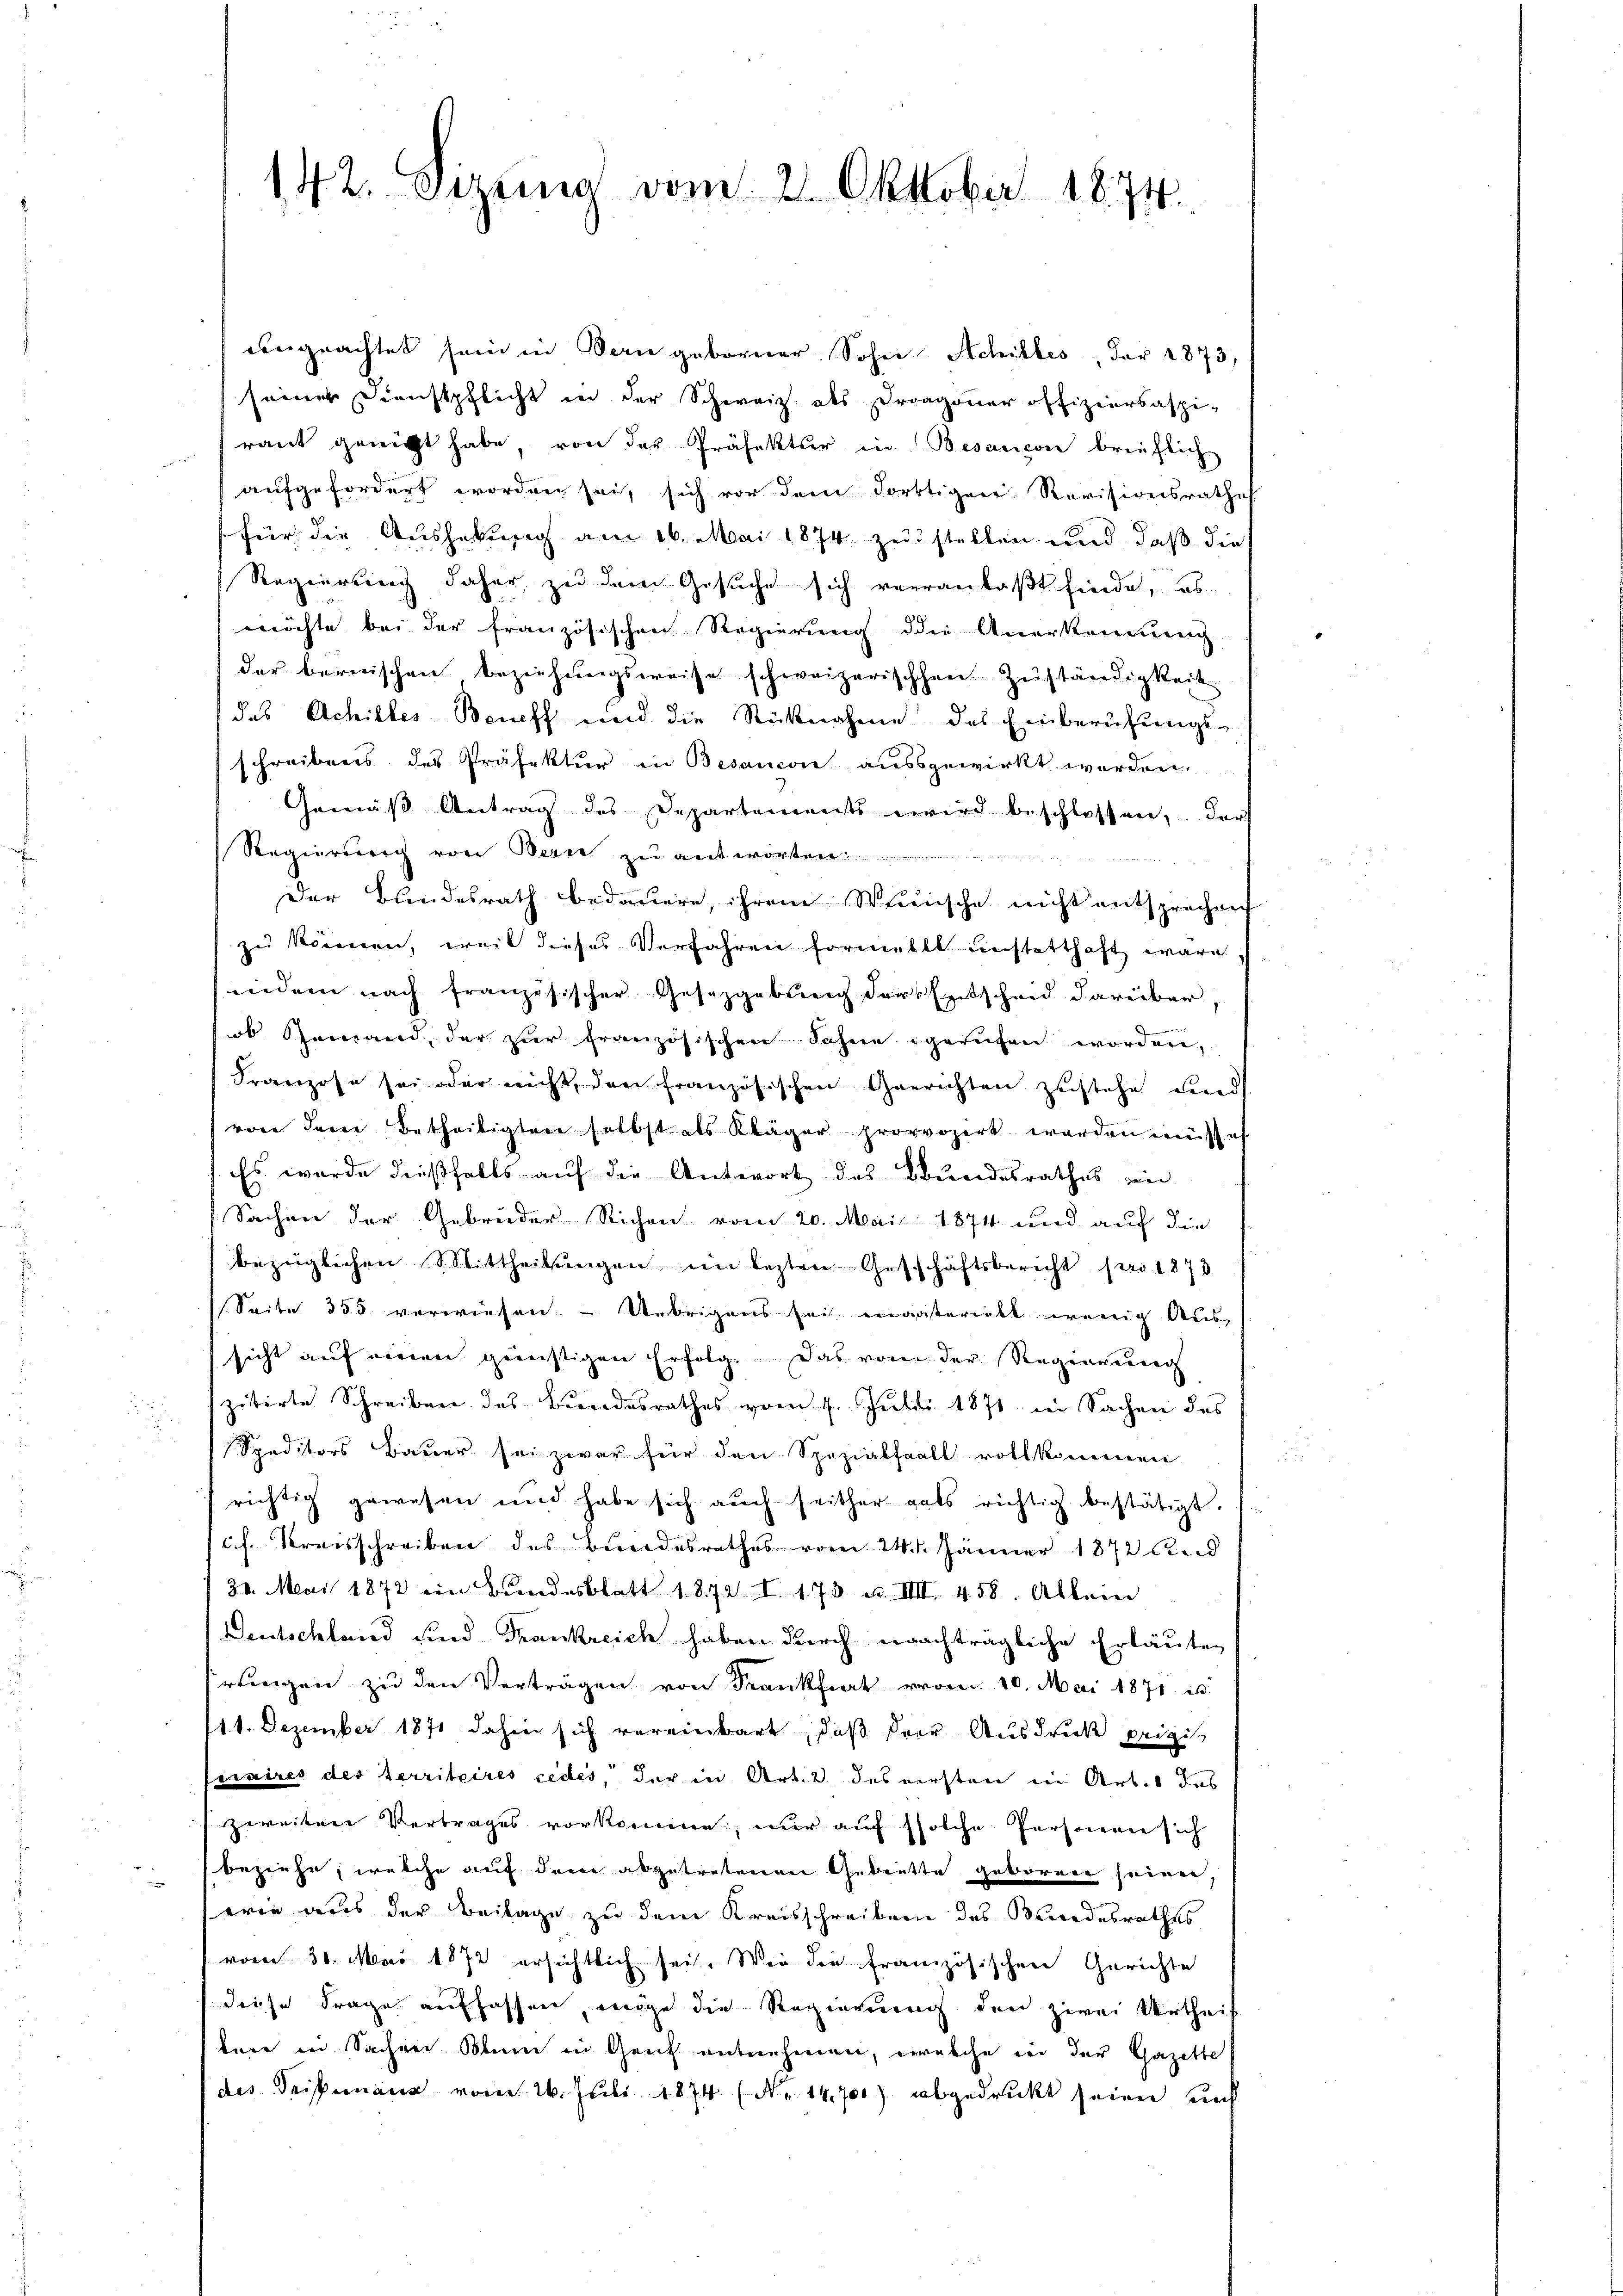
vberprachtet sein in Bern geborner Sohne Schiebes, der 1873,
seiner Dienstpflicht in der Schweiz. als Dragoner offiziersaspi-
raut genicht habe, von der Präfektur in Besançon brieflich
aufgefordert worden sei, sich vor dem Forttigen Revisionsrathe
für die Aushebung am 16. Mai 1874 zu stellen und daß die
Regierung daher zu dem Gesuche sich verranlaßt finde, ab
öchte bei der französischen Regierung die Anerkennung
der bernischen Beziehungsweise schweizerischen Zuständigkeit
das Achilles Beneff und die Rücknahme des Einberufungs-
schreibens des Präfektur in Besaucon ausgewirkt werden
Gemäß Antrag des Departements wird beschlossen, dar
Regierung von Bern zu antworten
Der Bundesrath bedauern, ihrem Wunsche nicht entsprechen
zu können, weil dieses Verfahren formellt unstatthaft wäre
nieder nach französischer Gesetzgebung der Entscheid darüber
ob Gewand, der zur französischen Sohne gerufen worden,
Franzose sei oder nicht, den französischen Gerichten zustehe und
von dreie Betheiligten selbst als Kläger provvozirt worden müssen
Es wurde dießfalls auf die Antwort des Bundesrathes in
Sachen der Gebrüder Richen vom 20. Mai 1874 und auf die
bezüglichen Mittheilungen ein lezten Geschäftsbericht pro 1873
Seite 355. verwiesen. Uebrigens sei ergatareilt wenig Aus
sicht auf einen grünstigen Erfolg. Das von der Regierenrech
zitirte Schreiben des Bindesrathes vom 9. Juli 1871 in Sachen des
Speditors Bauer sei zwar für den Spezialfall vollkommen
richtig gewesen und habe sich aŭch seither gals richtig bestätigt.
cf. Kreisschreiben des Bundesrathes vom 24. Jänner 1872 and
30. Mai 1872 ein Bundesblatt 1872 I 173 u. IIII 458. Allein
Deutschland und Frankreich haben durch ernachträgliche Erläuteringen zu den Verträgen von Frankfiert vom 10. Mai 1871 u.
14. Dezember 1871 dahin sich vereinbart, daß drei Ausdruck prizis
ciaires des territoires cedes, der in Art. 2 des versten ein Arbes das
zweitere Vertrages vorkomme, nur auf solche Personen sich
beziehe, welche auf dem abgetretenen Gebiette geboren seinen,
(wie aus der Beilage zu dem Kreisschreiben des Bundesrathes
vom 30. Mai 1872 ersichtlich sei. Wie die französischen Gerichte
diese Frage auffassen, möge die Regierung den zwei Urtheil
bare in Sachen Blume in Gant entnehmen, erwalche und der Gazette
des Geisemann vom 26. Juli 1874 (Nr. 14,700) abgedruckt seien und

142. Setzung vom 2. Oktober 1874.